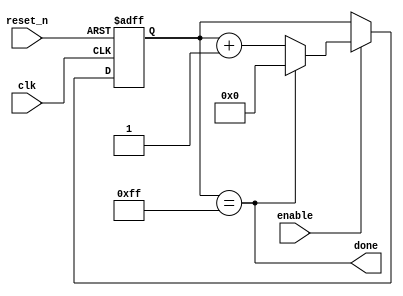
module timer_parameter
    #(parameter FINAL_VALUE = 255)(
    input clk,
    input reset_n,
    input enable,
    //    output [BITS - 1:0] Q, // we don't care about the value of the counter
    output done
    );
    
    localparam BITS = $clog2(FINAL_VALUE);
    
    reg [BITS - 1:0] Q_reg, Q_next;
    
    always @(posedge clk, negedge reset_n)
    begin
        if (~reset_n)
            Q_reg <= 'b0;
        else if(enable)
            Q_reg <= Q_next;
        else
            Q_reg <= Q_reg;
    end
    
    // Next state logic
    assign done = Q_reg == FINAL_VALUE;

    always @(*)
        Q_next = done? 'b0: Q_reg + 1;
    
    
endmodule